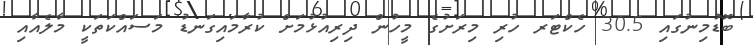
ބޮޑުމިނުގައި 30.5 ހެކްޓަރ ހުރި މިރަށުގެ މީހުން ދިރިއުޅުމަށް ކުރާމައިގަނޑު މަސައްކަތަކީ މާލެއާއި